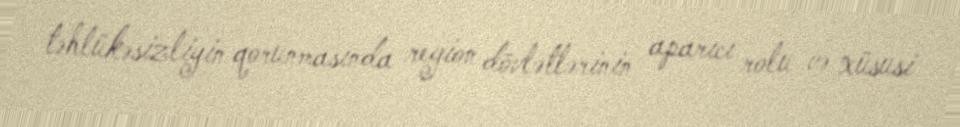
təhlükəsizliyin qorunmasında region dövlətlərinin aparıcı rolu və xüsusi